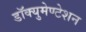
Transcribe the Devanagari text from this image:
डॉक्युमेण्टेशन